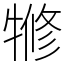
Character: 㹋